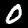
Label: 0